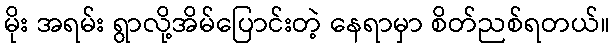
မိုး အရမ်း ရွာလို့အိမ်ပြောင်းတဲ့ နေရာမှာ စိတ်ညစ်ရတယ်။